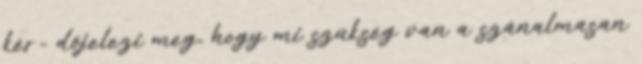
kér- dőjelezi meg, hogy mi szükség van a szánalmasan